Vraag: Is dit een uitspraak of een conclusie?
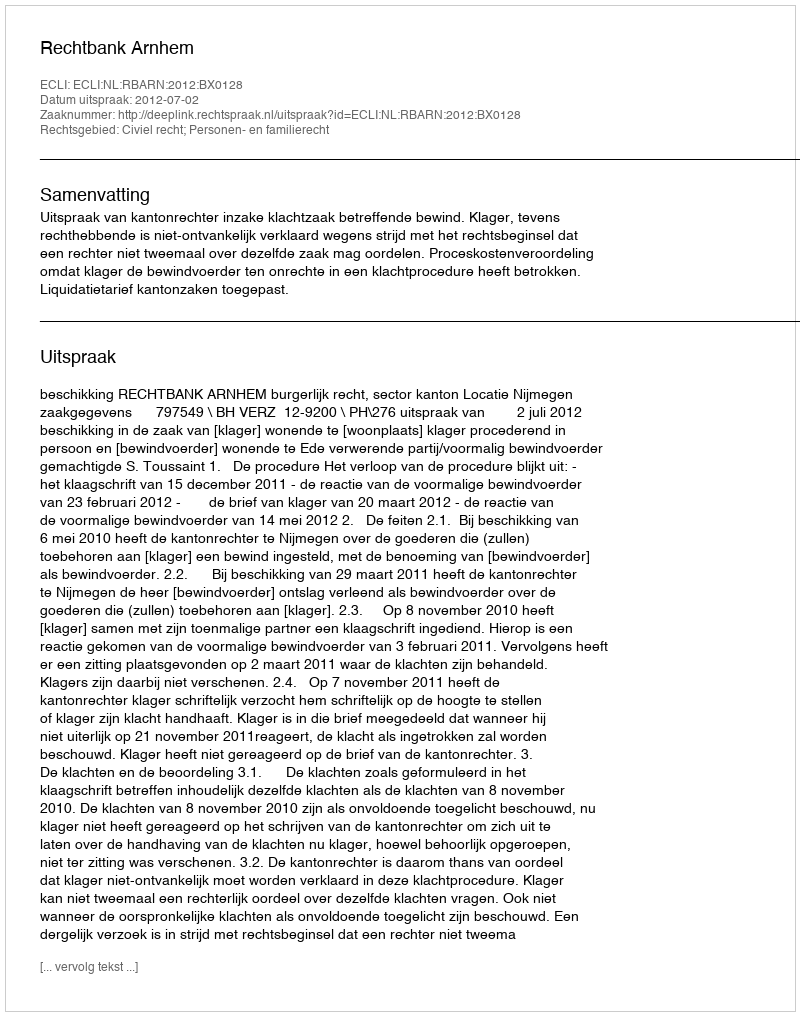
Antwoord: Uitspraak